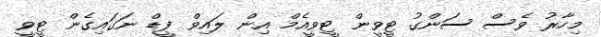
މިހާރު ވެސް ސަންގު ޓީވީން ޓީވީއެމް އިން ލައިވް ފީޑް ނަގައިގެން ޓީވީ